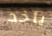
يأخد